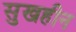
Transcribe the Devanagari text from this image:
सुखहीन